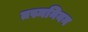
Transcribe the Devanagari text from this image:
तस्मनियन